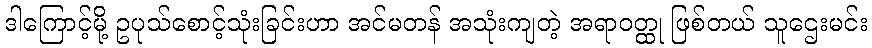
ဒါကြောင့်မို့ ဥပုသ်စောင့်သုံးခြင်းဟာ အင်မတန် အသုံးကျတဲ့ အရာဝတ္ထု ဖြစ်တယ် သူဌေးမင်း